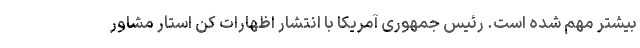
بیشتر مهم شده است. رئیس جمهوری آمریکا با انتشار اظهارات کن استار مشاور